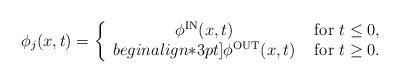
LaTeX: \begin{align*}\phi_j(x,t) = \left\{ \begin{array}{cl}\phi^{\rm IN}(x,t)&\mbox{ for } t\leq 0,\\begin{align*}3pt]\phi^{\rm OUT}(x,t)&\mbox{ for }t\geq 0.\end{array}\right.\end{align*}